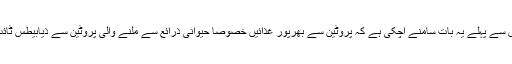
محققین کا کہنا تھا کہ اس سے پہلے یہ بات سامنے آچکی ہے کہ پروٹین سے بھرپور غذائیں خصوصاً حیوانی ذرائع سے ملنے والی پروٹین سے ذیابیطس ٹائپ ٹو کا خطرہ بڑھتا ہے۔